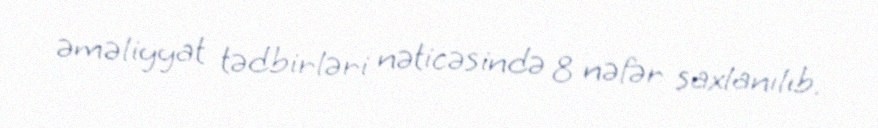
əməliyyat tədbirləri nəticəsində 8 nəfər saxlanılıb.